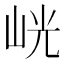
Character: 𭖙